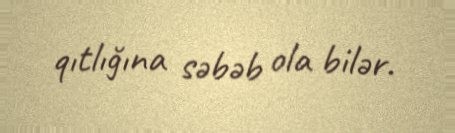
qıtlığına səbəb ola bilər.